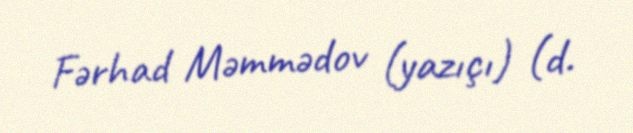
Fərhad Məmmədov (yazıçı) (d.